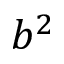
b ^ { 2 }